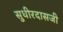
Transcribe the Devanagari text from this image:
सुधीरदासजी